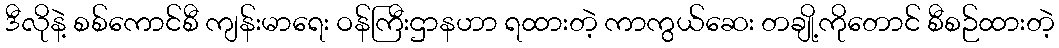
ဒီလိုနဲ့ စစ်ကောင်စီ ကျန်းမာရေး ဝန်ကြီးဌာနဟာ ရထားတဲ့ ကာကွယ်ဆေး တချို့ကိုတောင် စီစဉ်ထားတဲ့